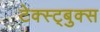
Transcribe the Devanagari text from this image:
टेक्स्ट्बुक्स